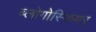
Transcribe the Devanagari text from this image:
ब्लोगोस्फियर